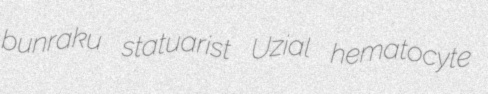
bunraku statuarist Uzial hematocyte